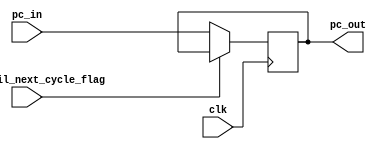
// 32 bit register
// written at the end of every clock cycle

module program_counter (clk, pc_in, wait_until_next_cycle_flag, pc_out);
	parameter N = 32;
	input clk;
	input [N-1:0] pc_in;
	input wait_until_next_cycle_flag;
	output [N-1:0] pc_out;
	reg [N-1:0] pc_out;
	
	initial 
		begin
			pc_out <= 0;
		end
	
	always @ (posedge clk)
	begin
		if (wait_until_next_cycle_flag == 0)
			pc_out<=pc_in;
	end
	
	
endmodule